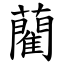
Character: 藺